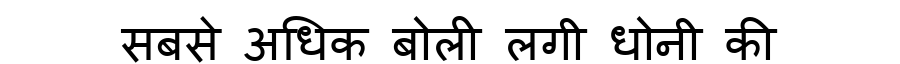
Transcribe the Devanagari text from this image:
सबसे अधिक बोली लगी धोनी की